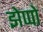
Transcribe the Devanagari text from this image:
झेप्पो